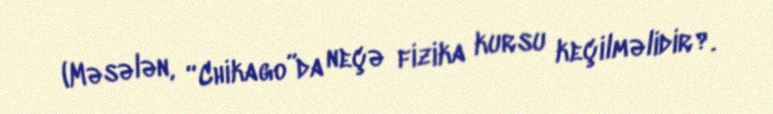
(Məsələn, “Chikago”da neçə fizika kursu keçilməlidir?.